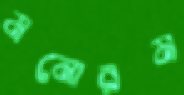
মনোরম